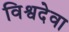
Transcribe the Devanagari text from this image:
विश्वदेवा